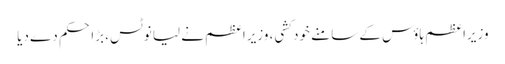
وزیراعظم ہاؤس کے سامنے خود کشی، وزیراعظم نے لیا نوٹس، بڑا حکم دے دیا